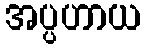
အပ္ပဟာယ